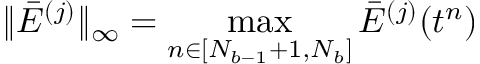
\| \bar { E } ^ { ( j ) } \| _ { \infty } = \operatorname* { m a x } _ { n \in [ N _ { b - 1 } + 1 , N _ { b } ] } \bar { E } ^ { ( j ) } ( t ^ { n } )